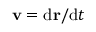
\mathbf { v } = \mathrm { d } \mathbf { r } / \mathrm { d } t